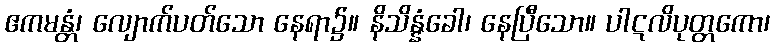
ဧကမန္တံ၊ လျောက်ပတ်သော နေရာ၌။ နိသိန္နံခေါ၊ နေပြီသော။ ပါဋလိပုတ္တကော၊